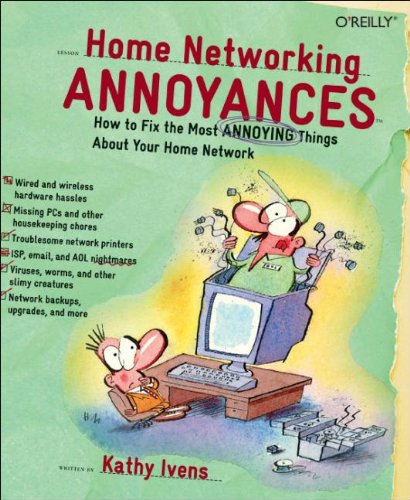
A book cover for Home Networking Annoyances: How to Fix the Most Annoying Things About Your Home Network; Kathy Ivens; Computers & Technology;